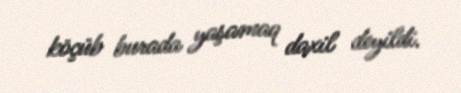
köçüb burada yaşamaq daxil deyildi.